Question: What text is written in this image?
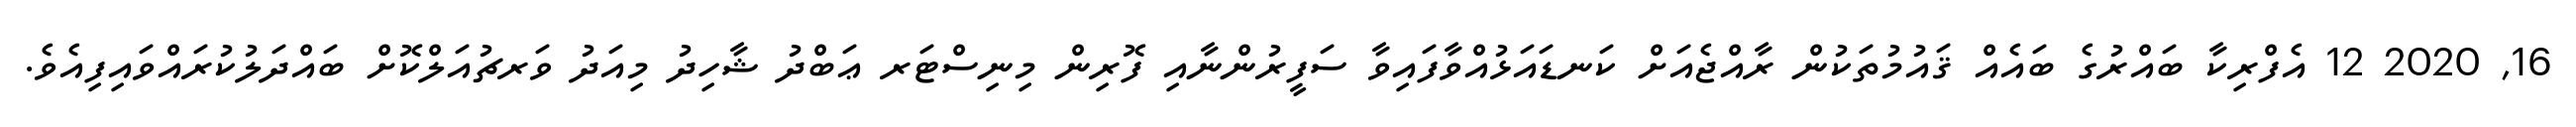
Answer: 16, 2020 12 އެފްރިކާ ބައްރުގެ ބައެއް ޤައުމުތަކުން ރާއްޖެއަށް ކަނޑައަޅުއްވާފައިވާ ސަފީރުންނާއި ފޮރިން މިނިސްޓަރ ޢަބްދު ޝާހިދު މިއަދު ވަރޗުއަލްކޮށް ބައްދަލުކުރައްވައިފިއެވެ.